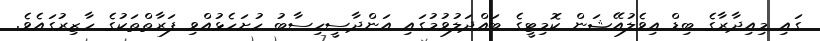
ގައި މިއިދާރާގެ ބިޑް އިވެލުއޭޝަން ކޮމިޓީގެ ބައްދަލުވުމުގައި އަންދާސީހިސާބު ހުށަހެޅުއްވި ފަރާތްތަކުގެ ހާޒިރުގައެވެ.